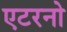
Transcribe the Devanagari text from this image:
एटरनो